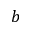
b